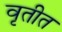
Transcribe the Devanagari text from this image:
वृतीत